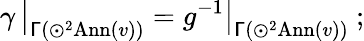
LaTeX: \gamma\, \big|_{\mathsf{\Gamma}(\odot^{2}\mathrm{Ann}(v))}=g^{-1}\big|_{\mathsf{\Gamma}(\odot^{2}\mathrm{Ann}(v))}\ ;